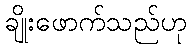
ချိုးဖောက်သည်ဟု